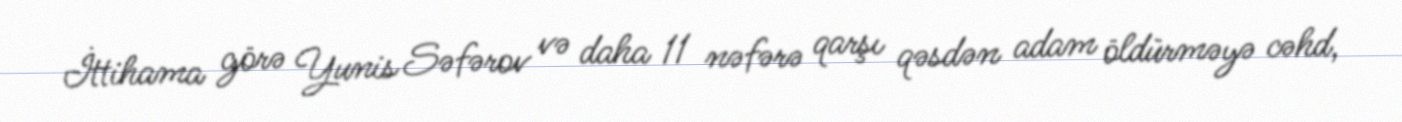
İttihama görə Yunis Səfərov və daha 11 nəfərə qarşı qəsdən adam öldürməyə cəhd,